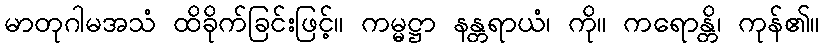
မာတုဂါမအသံ ထိခိုက်ခြင်းဖြင့်။ ကမ္မဋ္ဌာ နန္တရာယံ၊ ကို။ ကရောန္တိ၊ ကုန်၏။